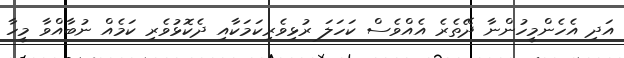
އަދި އެހެންމީހުންނާ ދޭތެރެ އެއްވެސް ކަހަލަ ރުޅިވެރިކަމަކާއި ދެކޮޅުވެރި ކަމެއް ނުބާއްވާ މީހާ